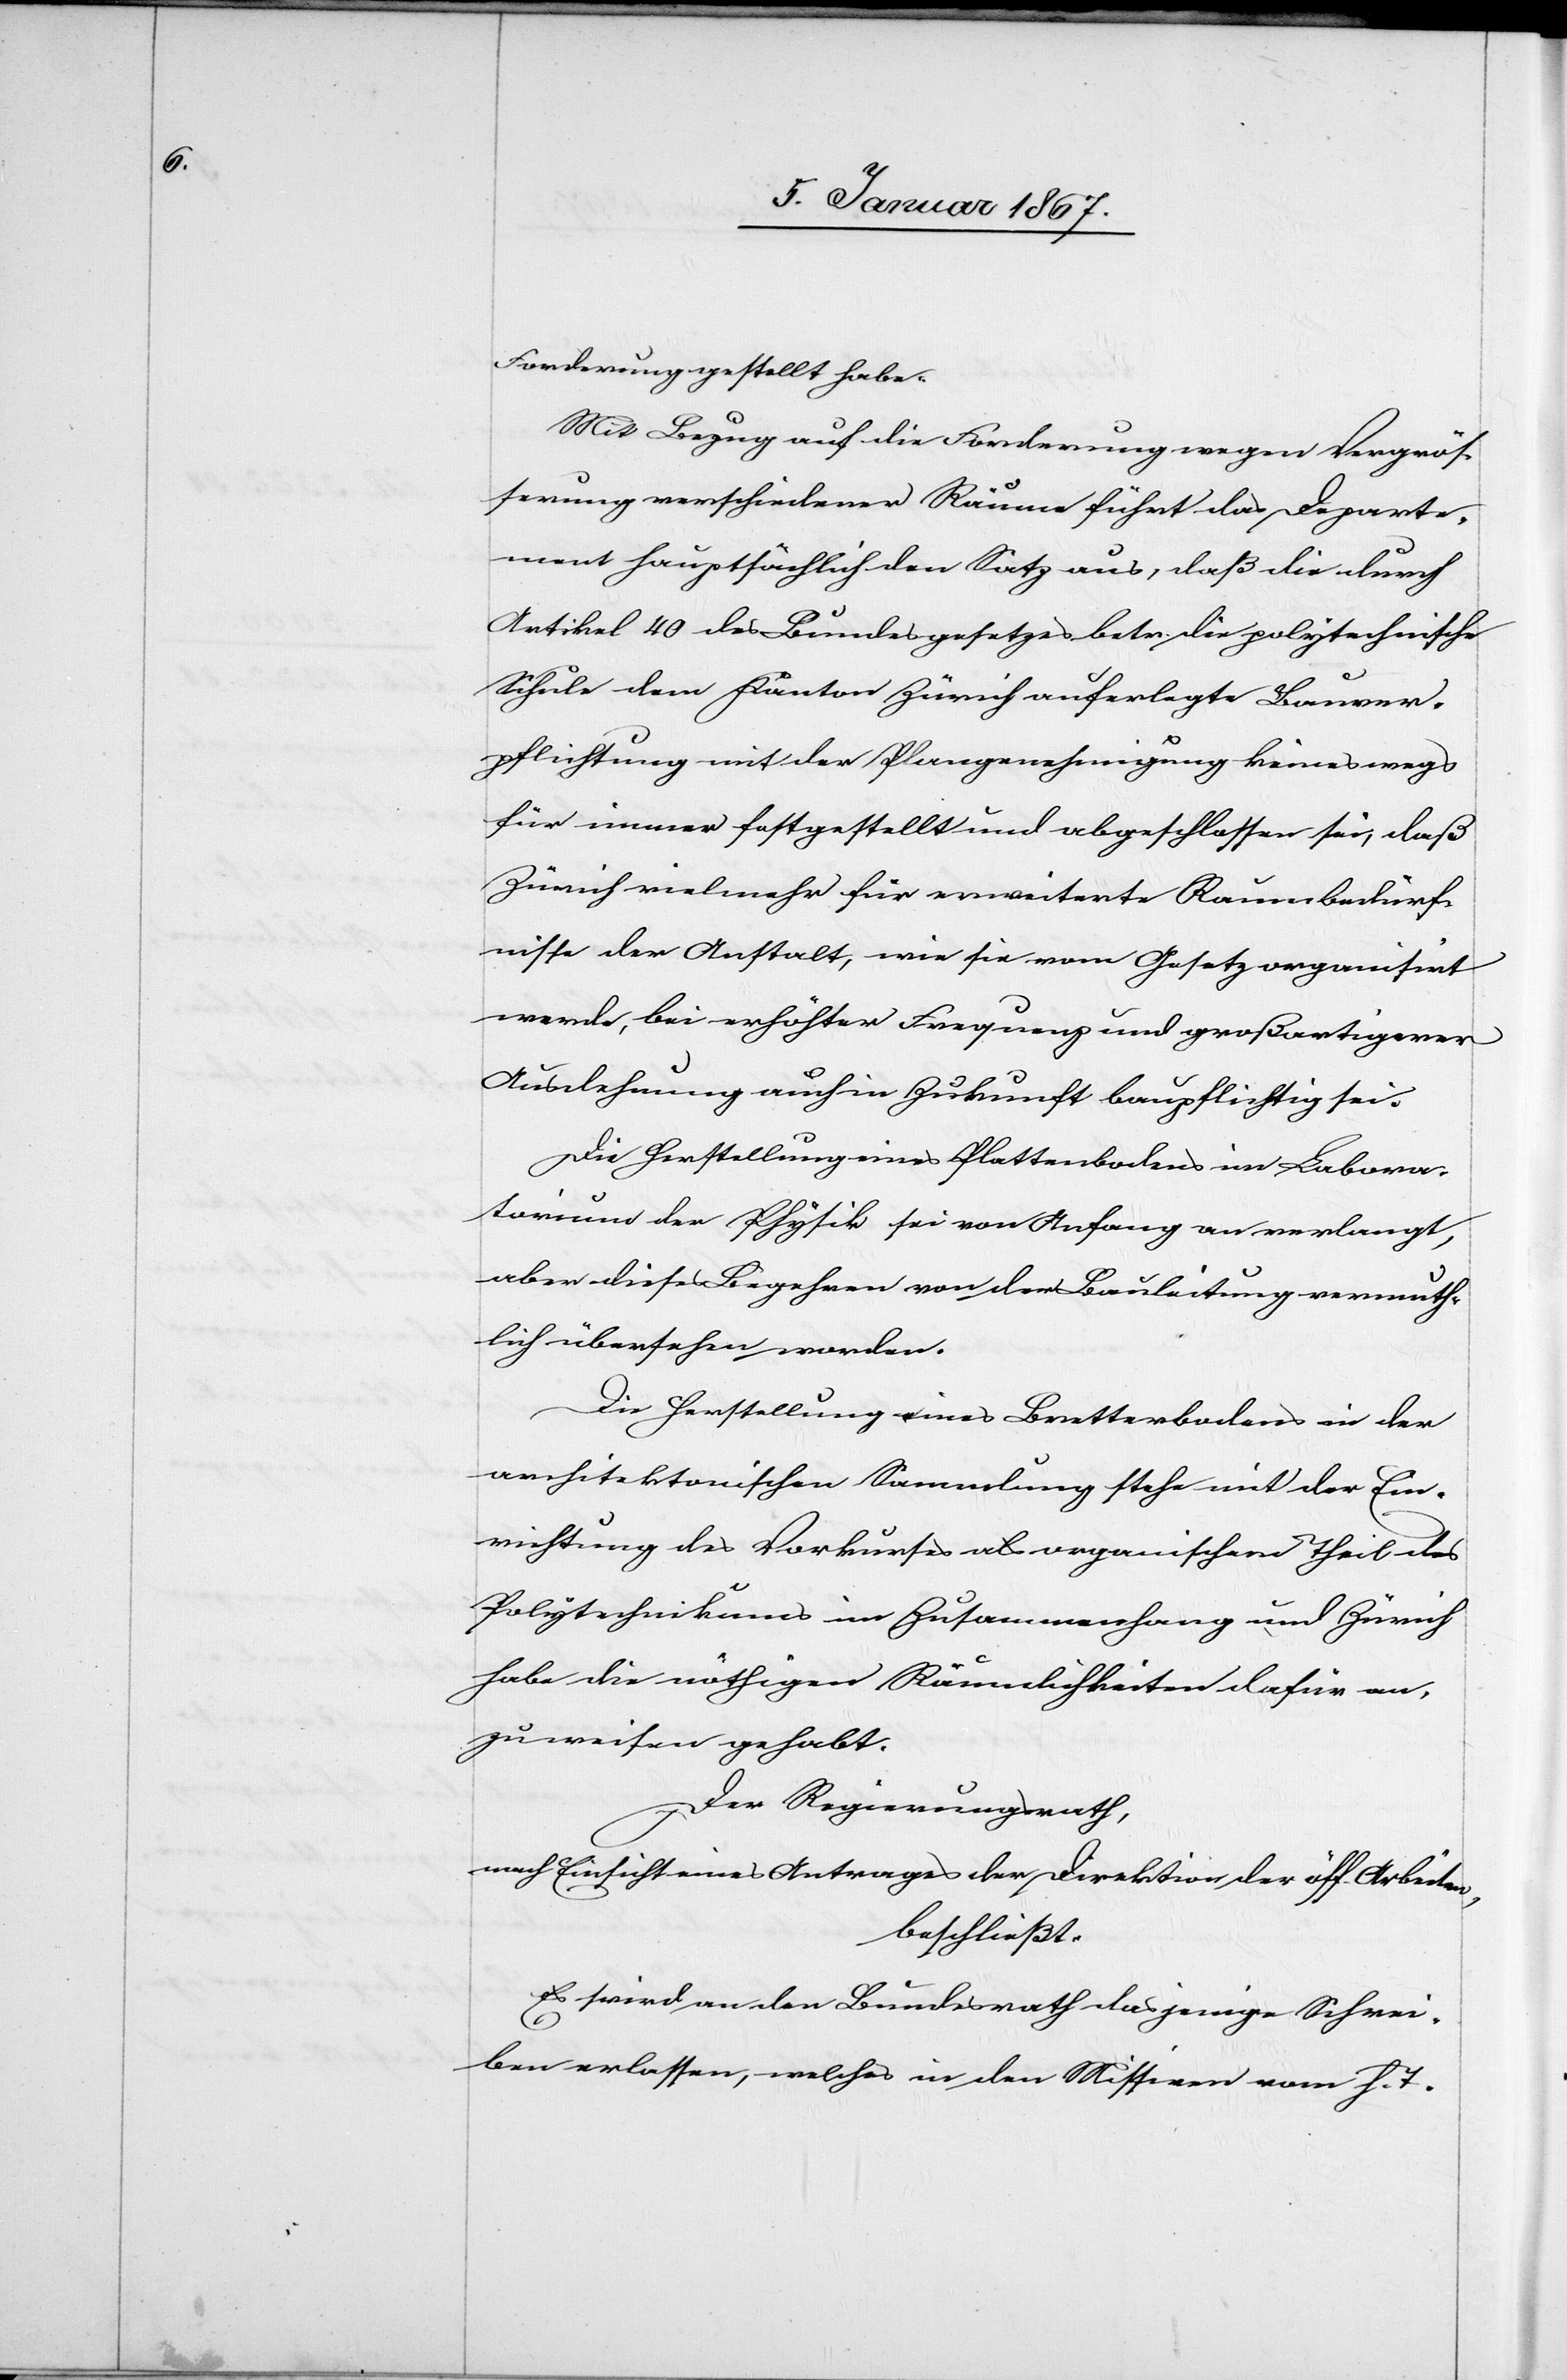
Forderung gestellt habe.
Mit Bezug auf die Forderung wegen Vergrös¬
serung verschiedener Räume führt das Departe¬
ment hauptsächlich den Satz aus, daß die durch
Artikel 40 des Bundesgesetzes betr. die polytechnische
Schule dem Kanton Zürich auferlegte Bauver¬
pflichtung mit der Plangenehmigung keines wegs
für immer festgestellt und abgeschlossen sei, daß
Zürich vielmehr für erweiterte Raumbedürf¬
nisse der Anstalt, wie sie vom Gesetz organisirt
werde, bei erhöhter Frequenz und großartigerer
Ausdehnung auch in Zukunft baupflichtig sei.
Die Herstellung eines Plattenbodens im Labora¬
torium der Physik sei von Anfang an verlangt,
aber dieses Begehren von der Bauleitung vermut¬
lich übersehen worden.
Die Herstellung eines Bretterbodens in der
architektonischen Sammlung stehe mit der Er¬
richtung des Vorkurses als organischen Theil des
Polytechnikums im Zusammenhang und Zürich
habe die nöthigen Räumlichkeiten dafür an¬
zuweisen gehabt.
Der Regierungsrath,
nach Einsicht eines Antrages der Direktion der öff. Arbeiten,
beschließt:
Es wird an den Bundesrath dasjenige Schrei¬
ben erlassen, welches in den Missiven vom h. T.